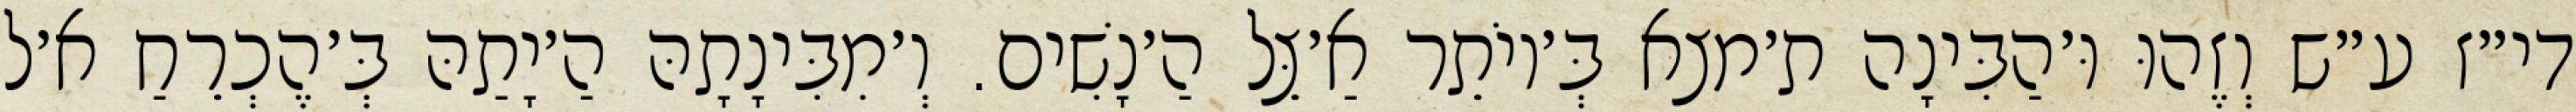
די״ז ע״ש וְזֶהוּ וּ׳הַבִּינָה ת׳מצא בְּ׳יוֹתֵר אַ׳צֵּל הַ׳נָשִׁים. וְ׳מִבִּינָתָהּ הַ׳יָתַהּ בְּ׳הֶכְרֵחַ א׳ל